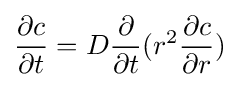
{\frac {\partial c}{\partial t}}=D{\frac {\partial }{\partial t}}(r^{2}{\frac {\partial c}{\partial r}})